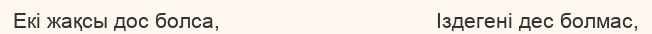
Екі жақсы дос болса,                                    Іздегені дес болмас,